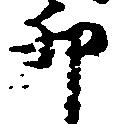
卯